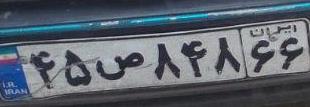
۴۵ص۸۴۸۶۶